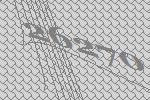
26270